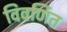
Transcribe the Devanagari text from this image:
विवर्णित